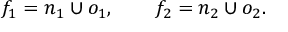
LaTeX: f _ { 1 } = n _ { 1 } \cup o _ { 1 } , \qquad f _ { 2 } = n _ { 2 } \cup o _ { 2 } .